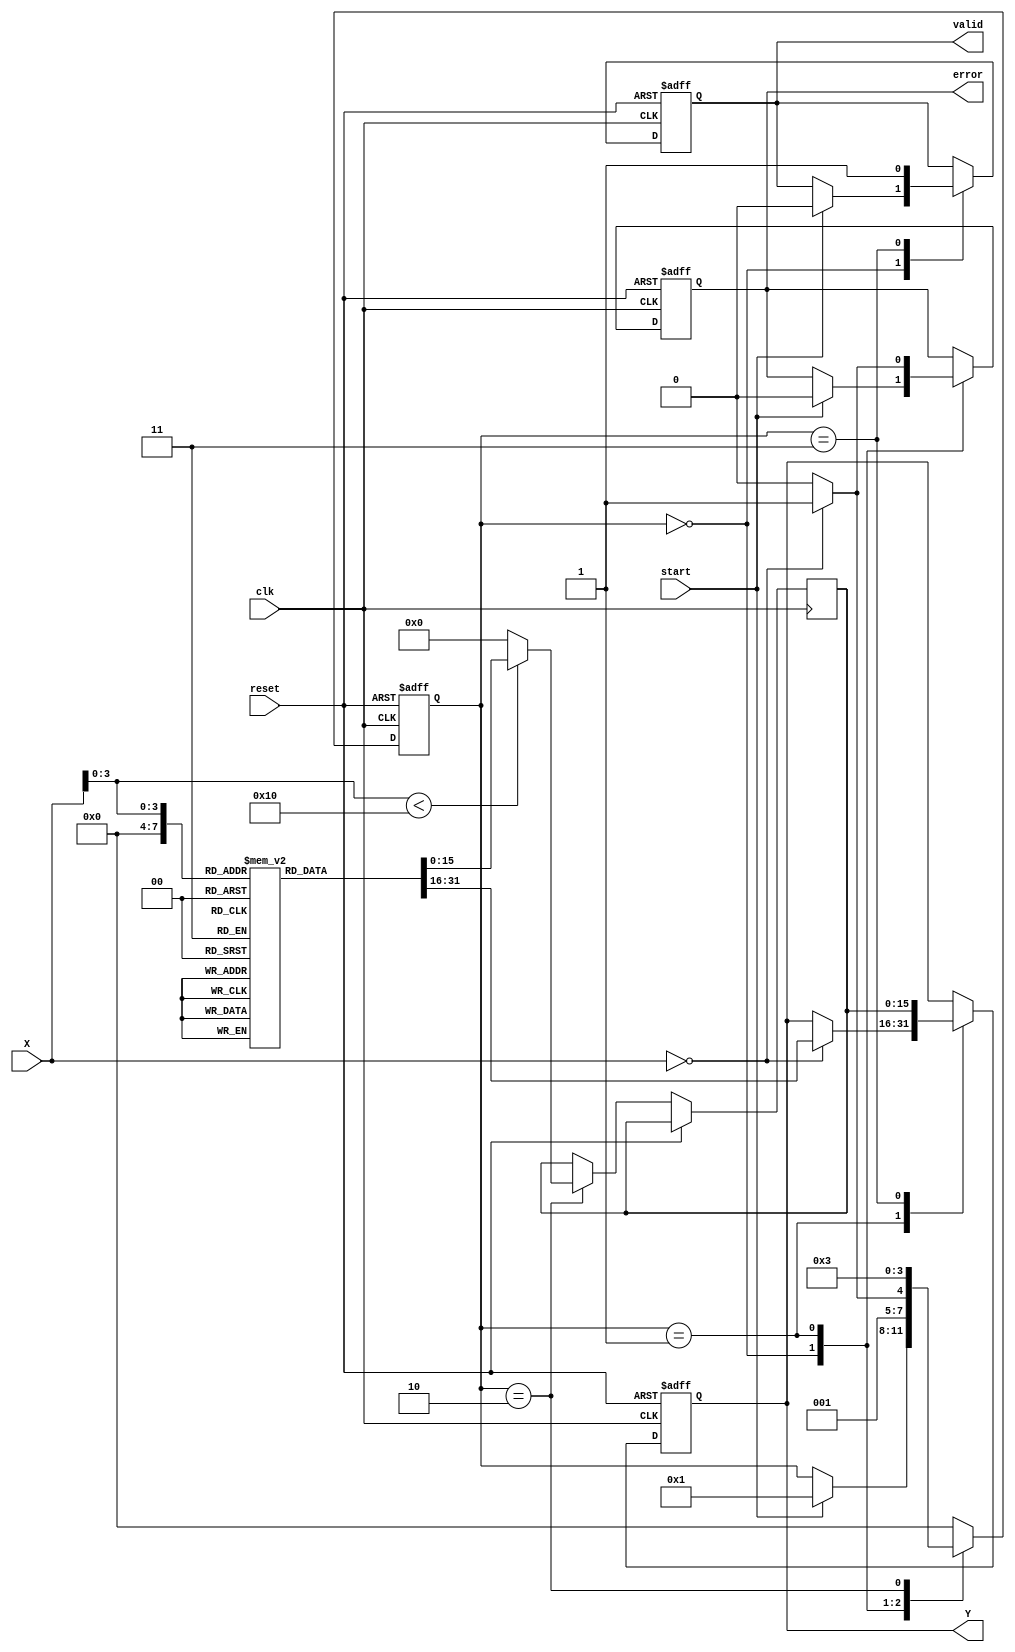
module DirectReciprocalUnit (
    input wire clk,
    input wire reset,
    input wire start,
    input wire [15:0] X, // Fixed-point input (16-bit)
    output reg [15:0] Y, // Reciprocal output (16-bit)
    output reg valid,     // Indicates valid output
    output reg error      // Indicates an error (e.g., division by zero)
);

    // Internal states
    reg [15:0] reciprocal;
    reg [3:0] state;
    
    // State encoding
    localparam IDLE = 4'b0000,
               VALIDATE = 4'b0001,
               CALCULATE = 4'b0010,
               OUTPUT = 4'b0011;

    // Lookup table for common values (example values)
    reg [15:0] lookup_table [0:15]; // 16 entries for simplicity

    initial begin
        // Initialize lookup table with reciprocal values (1/X)
        lookup_table[0] = 16'hFFFF; // 1/0 -> Error (Infinity)
        lookup_table[1] = 16'h0001; // 1/1 = 1
        lookup_table[2] = 16'h8000; // 1/2 = 0.5
        lookup_table[3] = 16'h5555; // 1/3 ~ 0.3333
        lookup_table[4] = 16'h4000; // 1/4 = 0.25
        lookup_table[5] = 16'h3333; // 1/5 ~ 0.2
        lookup_table[6] = 16'h2AAA; // 1/6 ~ 0.1667
        lookup_table[7] = 16'h2857; // 1/7 ~ 0.1429
        lookup_table[8] = 16'h2000; // 1/8 = 0.125
        lookup_table[9] = 16'h199A; // 1/9 ~ 0.1111
        lookup_table[10] = 16'h1555; // 1/10 ~ 0.1
        lookup_table[11] = 16'h1333; // 1/11 ~ 0.0909
        lookup_table[12] = 16'h1111; // 1/12 ~ 0.0833
        lookup_table[13] = 16'h0FFF; // 1/13 ~ 0.0769
        lookup_table[14] = 16'h0AAA; // 1/14 ~ 0.0714
        lookup_table[15] = 16'h0FFF; // 1/15 ~ 0.0667
    end

    // State machine for processing
    always @(posedge clk or posedge reset) begin
        if (reset) begin
            state <= IDLE;
            Y <= 16'h0000;
            valid <= 0;
            error <= 0;
        end else begin
            case (state)
                IDLE: begin
                    if (start) begin
                        state <= VALIDATE;
                        valid <= 0;
                        error <= 0;
                    end
                end
                
                VALIDATE: begin
                    if (X == 16'h0000) begin
                        error <= 1; // Division by zero
                        Y <= lookup_table[0]; // Set to error value
                        state <= OUTPUT;
                    end else begin
                        error <= 0;
                        state <= CALCULATE;
                    end
                end
                
                CALCULATE: begin
                    // Simple lookup for the reciprocal
                    if (X[3:0] < 16) begin
                        reciprocal <= lookup_table[X[3:0]];
                    end else begin
                        // For values not in the table, you can implement a more complex algorithm
                        reciprocal <= 16'h0000; // Placeholder for more complex calculation
                    end
                    state <= OUTPUT;
                end
                
                OUTPUT: begin
                    Y <= reciprocal;
                    valid <= 1; // Output is valid
                    state <= IDLE; // Go back to IDLE
                end
                
                default: state <= IDLE;
            endcase
        end
    end
endmodule